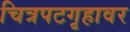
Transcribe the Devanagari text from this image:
चित्रपटगृहावर